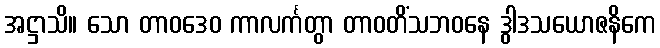
အဋ္ဌာသိ။ သော တာဝဒေဝ ကာလင်္ကတွာ တာဝတိံသဘဝနေ ဒွါဒသယောဇနိကေ